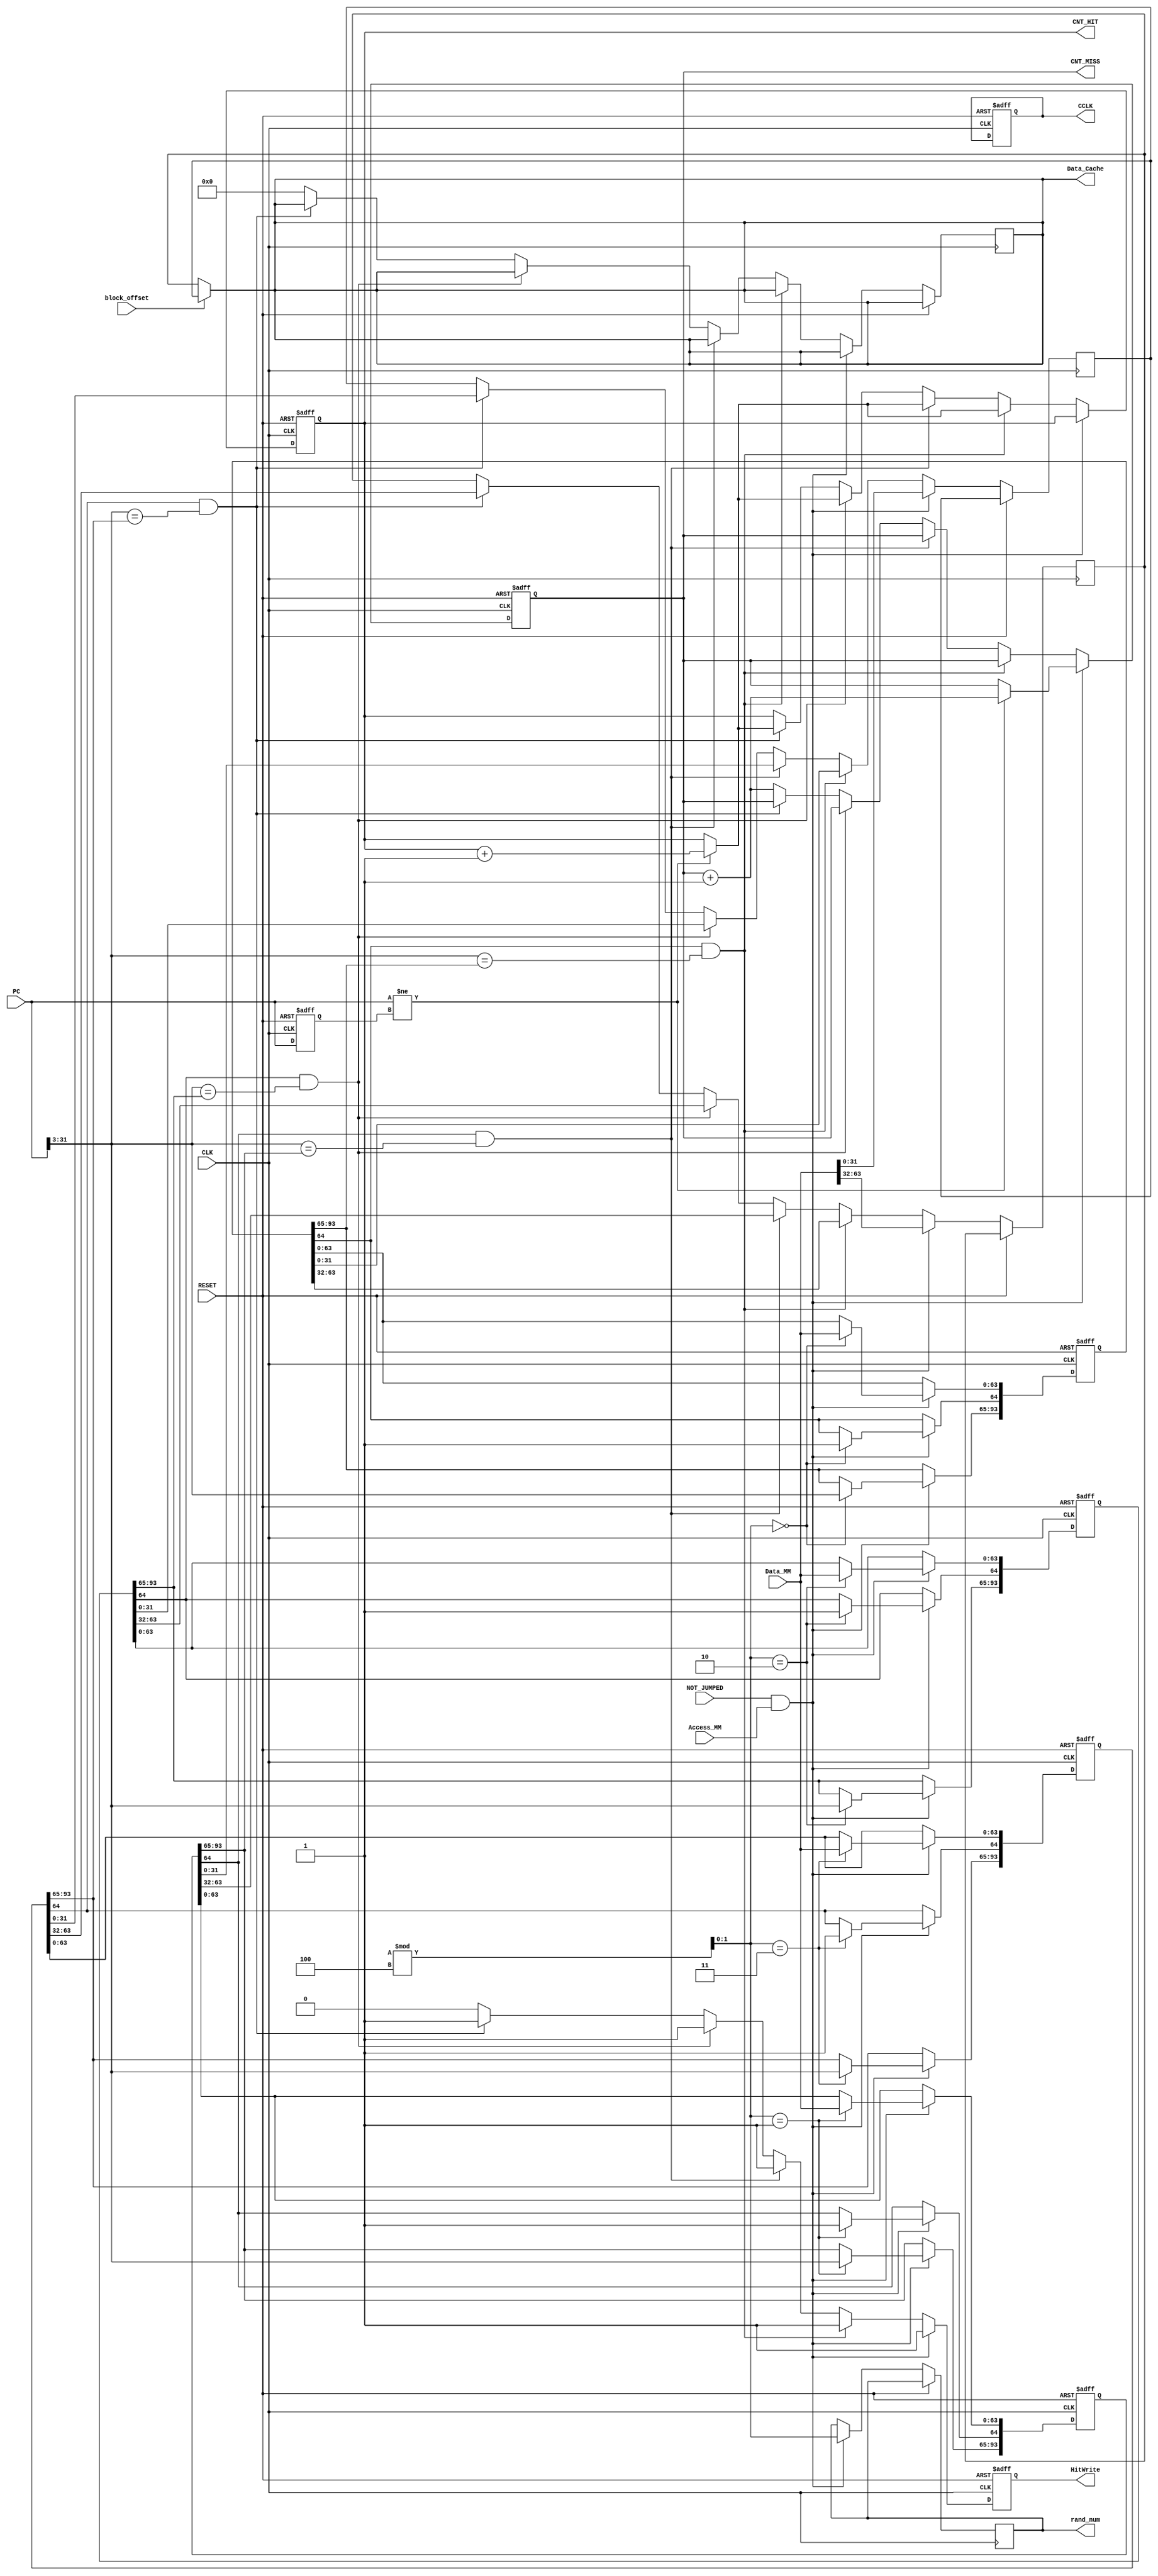
module Cache_Fully_Multiword(CLK, RESET, NOT_JUMPED, PC, block_offset, Access_MM, Data_MM, HitWrite, Data_Cache, CNT_HIT, CNT_MISS, CCLK, rand_num);

    input CLK;
    input RESET;
    input [31:0] PC;
	input NOT_JUMPED;
   	input block_offset;
    input Access_MM; //0: Read Data from MM sig
    input [63:0] Data_MM; //Read Data from MM

    output reg HitWrite; //Hit, PCWrite, IFIDWrite
    output reg [31:0] Data_Cache;
    output reg [19:0] CNT_HIT, CNT_MISS; //Counter for Checking
//----------------------------------------
	reg [93:0] cache [3:0]; //SIZE 8
	//reg [93:0] cache [7:0]; //SIZE 16
	//reg [93:0] cache [15:0]; //SIZE 32
//----------------------------------------
    //Data: [63:0] [31:0], Valid: [64], Tag: [93:65]
	output reg CCLK;

   	reg [31:0] Data_Cache_0,Data_Cache_1;
  	assign Data_Cache = (block_offset == 1'b0) ? Data_Cache_0 : Data_Cache_1;

	reg [31:0] PC_REG;
//----------------------------------------
	//SIZE 8
	output reg [1:0] rand_num; // Random number for cache line selection
	//SIZE 16
	//output reg [2:0] rand_num;
	//SIZE 32
	//output reg [3:0] rand_num;
//----------------------------------------  
    	always@(posedge CLK or posedge RESET)
    	begin
        	if (RESET) begin
//Size8
			cache[0] <= 94'd0;
			cache[1] <= 94'd0;
			cache[2] <= 94'd0;
			cache[3] <= 94'd0;

//Size16
/*
			cache[4] <= 94'd0;
			cache[5] <= 94'd0;
			cache[6] <= 94'd0;
			cache[7] <= 94'd0;


//size32
/*
			cache[8] <= 94'd0;
			cache[9] <= 94'd0;
			cache[10] <= 94'd0;
			cache[11] <= 94'd0;
			cache[12] <= 94'd0;
			cache[13] <= 94'd0;
			cache[14] <= 94'd0;
			cache[15] <= 94'd0;
*/
            		CNT_HIT <= 20'd0;
            		CNT_MISS <= 20'd0; 
            		HitWrite <= 1'd1;
			CCLK <= 1'b0; 
			PC_REG <= 32'd0;
        	end
        	else begin
			PC_REG <= PC;
            		if(NOT_JUMPED && Access_MM) begin
                // when reading from memory
//--------------------------------------------------------
//Size8
                		rand_num = $urandom % 4;
//Size16
                		//rand_num = $urandom % 8;
//Size32
              			//rand_num = $urandom % 16;
//--------------------------------------------------------
                		cache[rand_num][64] <= 1'b1; // Valid =1
                		cache[rand_num][63:0] <= Data_MM; // Data
                		cache[rand_num][93:65] <= PC[31:3]; // Tag
               			Data_Cache_0 <= Data_MM[63:32];
               			Data_Cache_1 <= Data_MM[31:0];
                		HitWrite <= 1'b1;
				if (PC != PC_REG) CNT_MISS <= CNT_MISS +1;
            		end
            		else begin
                // when not reading from memory
//----------------------------------------------------------------------------------------
//Size8
                //Cache[0]
                	if(cache[0][64] == 1'b1 && PC[31:3] == cache[0][93:65]) begin
                    		HitWrite <= 1'd1;
                  		Data_Cache_0 <= cache[0][63:32];
                  		Data_Cache_1 <= cache[0][31:0];
		    		if (PC != PC_REG) CNT_HIT <= CNT_HIT +1;
                	end
                //Cache[1]
                	else if(cache[1][64] == 1'b1 && PC[31:3] == cache[1][93:65]) begin
                    		HitWrite <= 1'd1;
                  		Data_Cache_0 <= cache[1][63:32];
                  		Data_Cache_1 <= cache[1][31:0];
		    		if (PC != PC_REG) CNT_HIT <= CNT_HIT +1;
                	end
                //Cache[2]
                	else if(cache[2][64] == 1'b1 && PC[31:3] == cache[2][93:65]) begin
                    		HitWrite <= 1'd1;
                  		Data_Cache_0 <= cache[2][63:32];
                  		Data_Cache_1 <= cache[2][31:0];
		    		if (PC != PC_REG) CNT_HIT <= CNT_HIT +1;
                	end
                //Cache[3]
                	else if(cache[3][64] == 1'b1 && PC[31:3] == cache[3][93:65]) begin
                    		HitWrite <= 1'd1;
                  		Data_Cache_0 <= cache[3][63:32];
                  		Data_Cache_1 <= cache[3][31:0];
		    		if (PC != PC_REG) CNT_HIT <= CNT_HIT +1;
                	end
//----------------------------------------------------------------------------------------
//Size16
/*
                //Cache[4]
                	else if(cache[4][64] == 1'b1 && PC[31:3] == cache[4][93:65]) begin
                    		HitWrite <= 1'd1;
                  		Data_Cache_0 <= cache[4][63:32];
                  		Data_Cache_1 <= cache[4][31:0];
		    		if (PC != PC_REG) CNT_HIT <= CNT_HIT +1;
                	end       
                //Cache[5]
                	else if(cache[5][64] == 1'b1 && PC[31:3] == cache[5][93:65]) begin
                    		HitWrite <= 1'd1;
                  		Data_Cache_0 <= cache[5][63:32];
                  		Data_Cache_1 <= cache[5][31:0];
		    		if (PC != PC_REG) CNT_HIT <= CNT_HIT +1;
                	end      
                //Cache[6]
                	else if(cache[6][64] == 1'b1 && PC[31:3] == cache[6][93:65]) begin
                    		HitWrite <= 1'd1;
                  		Data_Cache_0 <= cache[6][63:32];
                  		Data_Cache_1 <= cache[6][31:0];
		    		if (PC != PC_REG) CNT_HIT <= CNT_HIT +1;
                	end
                //Cache[7]
                	else if(cache[7][64] == 1'b1 && PC[31:3] == cache[7][93:65]) begin
                    		HitWrite <= 1'd1;
                  		Data_Cache_0 <= cache[7][63:32];
                  		Data_Cache_1 <= cache[7][31:0];
		    		if (PC != PC_REG) CNT_HIT <= CNT_HIT +1;
                	end
//----------------------------------------------------------------------------------------
//Size32
/*
                //Cache[8]
                	else if(cache[8][64] == 1'b1 && PC[31:3] == cache[8][93:65]) begin
                    		HitWrite <= 1'd1;
                  		Data_Cache_0 <= cache[8][63:32];
                  		Data_Cache_1 <= cache[8][31:0];
		    		if (PC != PC_REG) CNT_HIT <= CNT_HIT +1;
                	end
                //Cache[9]
                	else if(cache[9][64] == 1'b1 && PC[31:3] == cache[9][93:65]) begin
                    		HitWrite <= 1'd1;
                  		Data_Cache_0 <= cache[9][63:32];
                  		Data_Cache_1 <= cache[9][31:0];
		    		if (PC != PC_REG) CNT_HIT <= CNT_HIT +1;
                	end 
                //Cache[10]
                	else if(cache[10][64] == 1'b1 && PC[31:3] == cache[10][93:65]) begin
                    		HitWrite <= 1'd1;
                  		Data_Cache_0 <= cache[10][63:32];
                  		Data_Cache_1 <= cache[10][31:0];
		    		if (PC != PC_REG) CNT_HIT <= CNT_HIT +1;
                	end
                //Cache[11]
                	else if(cache[11][64] == 1'b1 && PC[31:3] == cache[11][93:65]) begin
                    		HitWrite <= 1'd1;
                  		Data_Cache_0 <= cache[11][63:32];
                  		Data_Cache_1 <= cache[11][31:0];
		    		if (PC != PC_REG) CNT_HIT <= CNT_HIT +1;
                	end
                //Cache[12]
                	else if(cache[12][64] == 1'b1 && PC[31:3] == cache[12][93:65]) begin
                    		HitWrite <= 1'd1;
                  		Data_Cache_0 <= cache[12][63:32];
                  		Data_Cache_1 <= cache[12][31:0];
		    		if (PC != PC_REG) CNT_HIT <= CNT_HIT +1;
                	end
                //Cache[13]
                	else if(cache[13][64] == 1'b1 && PC[31:3] == cache[13][93:65]) begin
                    		HitWrite <= 1'd1;
                  		Data_Cache_0 <= cache[13][63:32];
                  		Data_Cache_1 <= cache[13][31:0];
		    		if (PC != PC_REG) CNT_HIT <= CNT_HIT +1;
                	end
                //Cache[14]
                	else if(cache[14][64] == 1'b1 && PC[31:3] == cache[14][93:65]) begin
                    		HitWrite <= 1'd1;
                  		Data_Cache_0 <= cache[14][63:32];
                  		Data_Cache_1 <= cache[14][31:0];
		    		if (PC != PC_REG) CNT_HIT <= CNT_HIT +1;
                	end
                //Cache[15]
                	else if(cache[15][64] == 1'b1 && PC[31:3] == cache[15][93:65]) begin
                    		HitWrite <= 1'd1;
                  		Data_Cache_0 <= cache[15][63:32];
                  		Data_Cache_1 <= cache[15][31:0];
		    		if (PC != PC_REG) CNT_HIT <= CNT_HIT +1;
                	end
*/
//----------------------------------------------------------------------------------------
                //ELSE
                	else begin 
                        		HitWrite <= 1'd0;
                        		CNT_MISS <= CNT_MISS +1;
                        		Data_Cache <= 32'd0;
                	end
            	end
        	end
    	end


always@(CLK) begin CCLK <= (!CCLK); end
endmodule